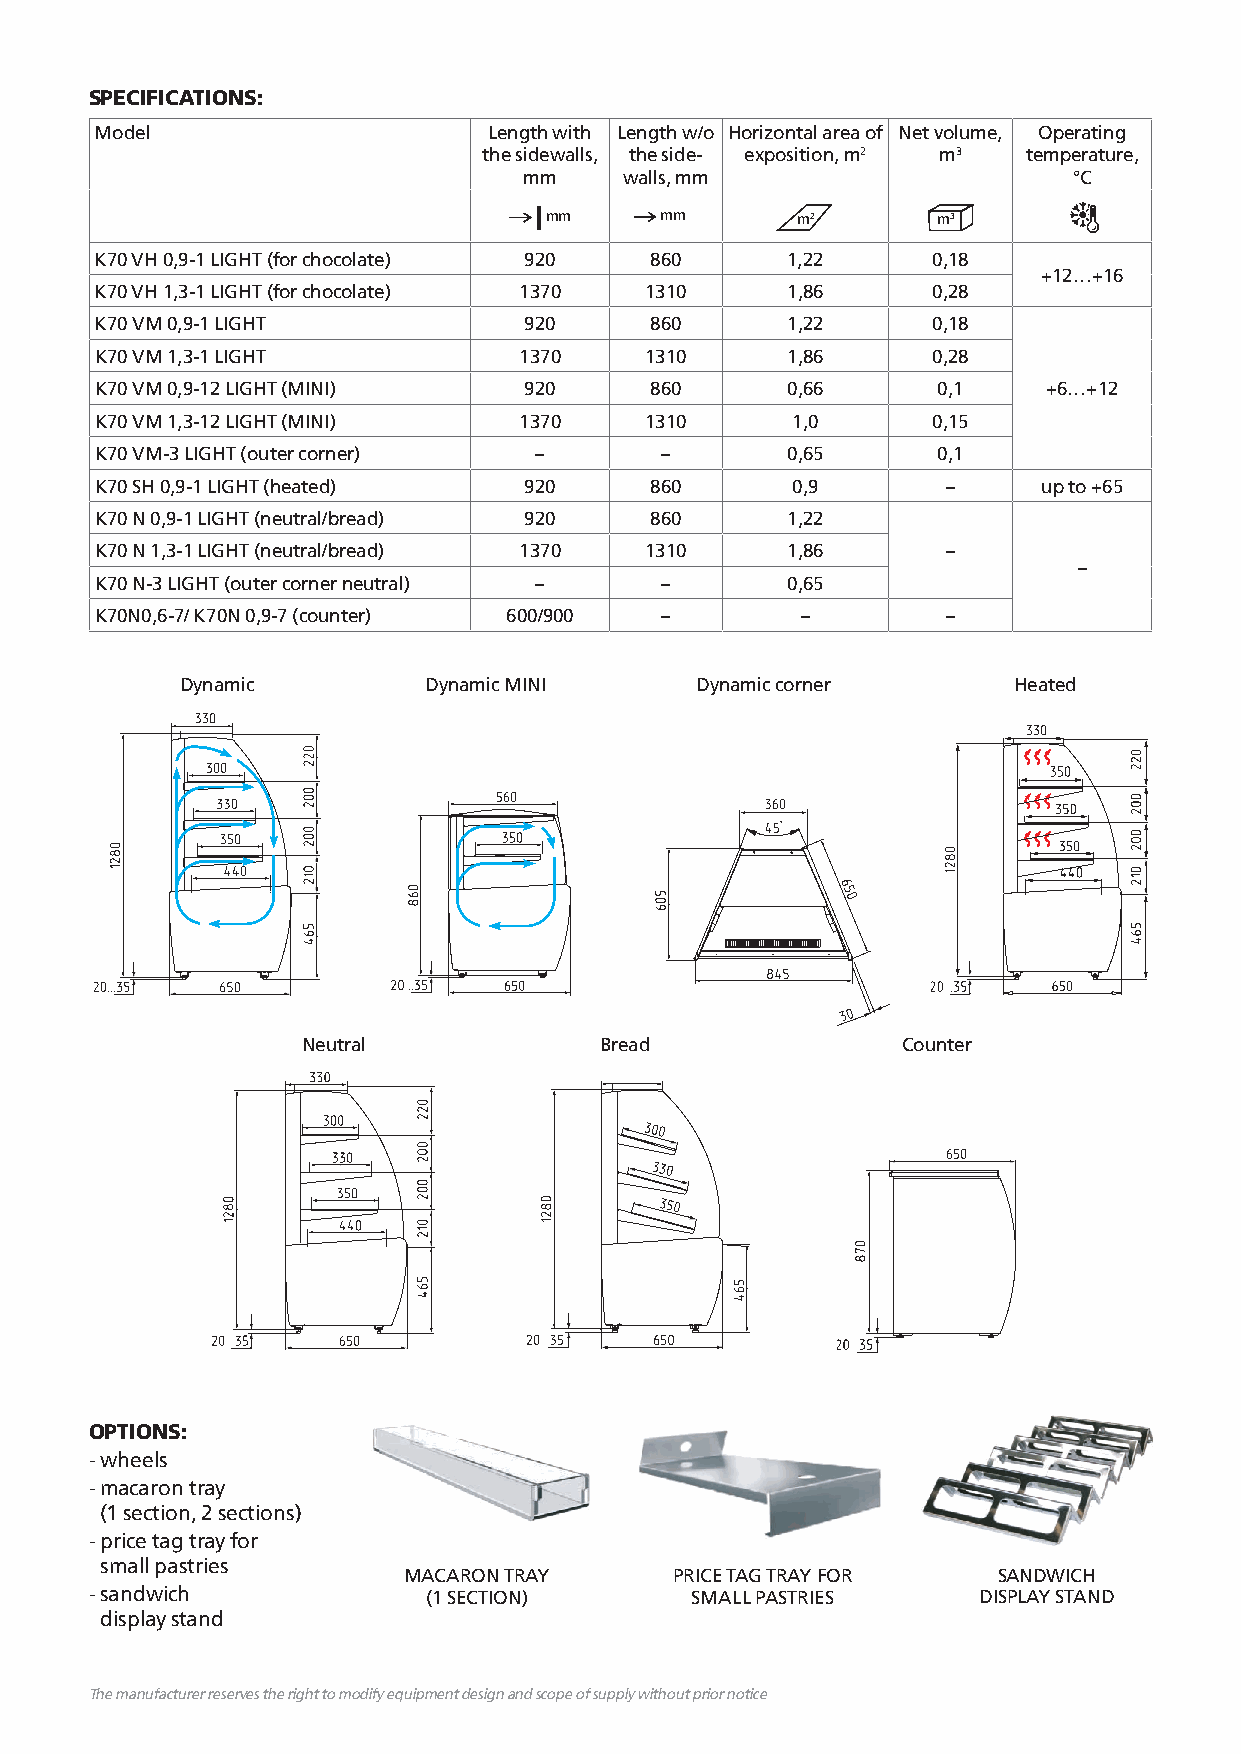
SPECIFICATIONS:
 Model                     Length with Length w/o Horizontal area of Net volume, Operating
 the sidewalls, the side- exposition, m2 m3 temperature,
 mm    walls, mm                     °С
 mm      mm       m2       m3
 К70 VH 0,9-1 LIGHT (for chocolate) 920 860    1,22      0,18
 +12…+16
 К70 VH 1,3-1 LIGHT (for chocolate) 1370 1310  1,86      0,28
 К70 VM 0,9-1 LIGHT           920     860      1,22      0,18
 К70 VM 1,3-1 LIGHT          1370     1310     1,86      0,28
 K70 VM 0,9-12 LIGHT (MINI)   920     860      0,66      0,1    +6…+12
 K70 VM 1,3-12 LIGHT (MINI)  1370     1310     1,0       0,15
 K70 VM-3 LIGHT (outer corner) –       –       0,65      0,1
 K70 SH 0,9-1 LIGHT (heated)  920     860      0,9        –     up to +65
 K70 N 0,9-1 LIGHT (neutral/bread) 920 860     1,22
 K70 N 1,3-1 LIGHT (neutral/bread) 1370 1310   1,86       –
 –
 K70 N-3 LIGHT (outer corner neutral) – –      0,65
 K70N0,6-7/ K70N 0,9-7 (counter) 600/900 –      –         –
 Dynamic         Dynamic MINI      Dynamic corner       Heated
 Neutral             Bread               Counter
 OPTIONS:
 - wheels
 - macaron tray
 (1 section, 2 sections)
 - price tag tray for
 small pastries
 MACARON TRAY      PRICE TAG TRAY FOR   SANDWICH
 - sandwich            (1 SECTION)       SMALL PASTRIES     DISPLAY STAND
 display stand
 The manufacturer reserves the right to modify equipment design and scope of supply without prior notice